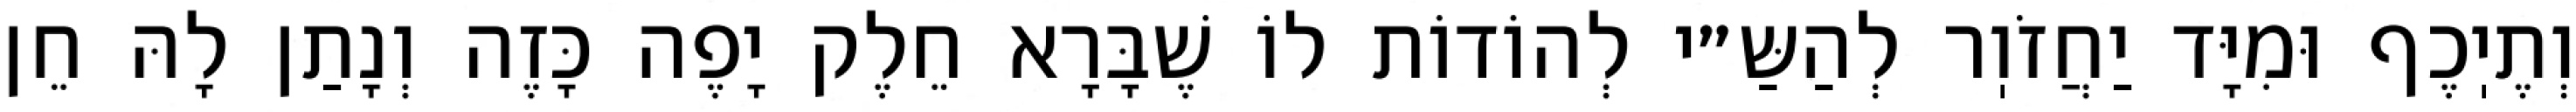
וְתֶיֽכֶף וּמִיָּד יַחֲזֹוֽר לְהַשַּ״י לְהוֹדוֹת לוֹ שֶׁבָּרָא חֵלֶק יָפֶה כָּזֶה וְנָתַן לָהּ חֵן